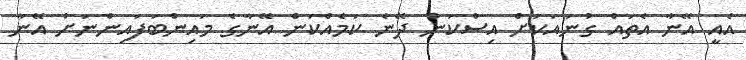
އެއީ އޭނާ އެތައް ގުނައަކަށް އިސްކަން ދޭނެ ކަމެއްކަން އޭނާގެ މައިންބަފައިންނަށް އޭނާ